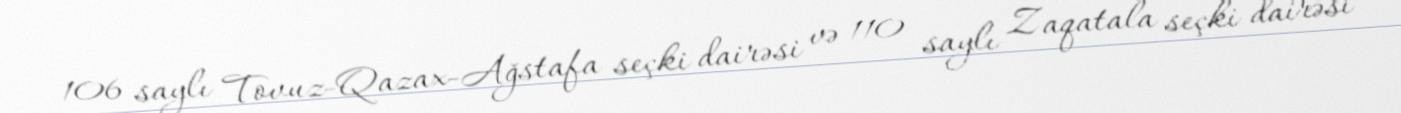
106 saylı Tovuz-Qazax-Ağstafa seçki dairəsi və 110 saylı Zaqatala seçki dairəsi